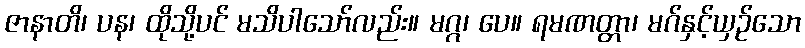
ဇာနာတိ၊ ပန၊ ထိုသို့ပင် မသိပါသော်လည်း။ မဂ္ဂ၊ ပေ။ ရမဏတ္တာ၊ မဂ်နှင့်ယှဉ်သော